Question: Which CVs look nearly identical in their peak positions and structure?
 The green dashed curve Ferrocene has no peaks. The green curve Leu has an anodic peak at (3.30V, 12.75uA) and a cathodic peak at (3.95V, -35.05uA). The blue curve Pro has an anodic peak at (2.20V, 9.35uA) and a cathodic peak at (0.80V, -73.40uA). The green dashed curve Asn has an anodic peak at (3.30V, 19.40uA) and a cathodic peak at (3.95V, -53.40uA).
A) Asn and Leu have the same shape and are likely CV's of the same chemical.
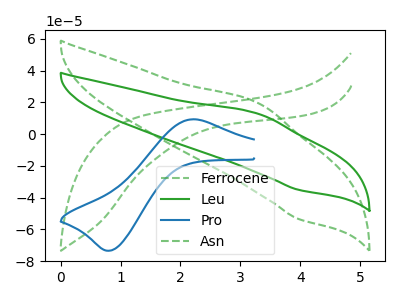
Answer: <think>"Ferrocene" and "Leu" have a different number of peaks. "Ferrocene" and "Pro" have a different number of peaks. "Ferrocene" and "Asn" have a different number of peaks. "Leu" and "Pro" have at least one peak that do not match. All the peaks in "Leu" have a peak in "Asn" at the same potential. Every peak in "Leu" is lower than every peak in "Asn". "Pro" and "Asn" have at least one peak that do not match.
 </think>
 <answer>A) "Asn" and "Leu" have the same shape and are likely CV's of the same chemical.</answer>
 <eval>A</eval>